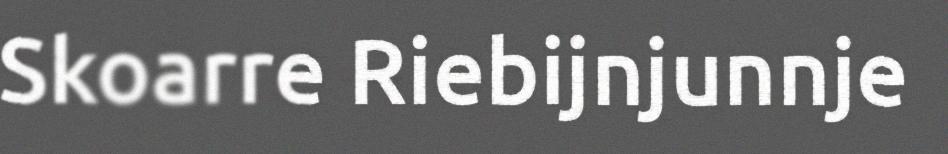
Skoarre Riebijnjunnje